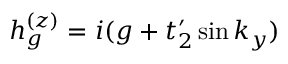
h _ { g } ^ { ( z ) } = i ( g + t _ { 2 } ^ { \prime } \sin k _ { y } )